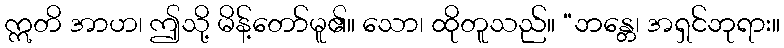
ဣတိ အာဟ၊ ဤသို့ မိန့်တော်မူ၏။ သော၊ ထိုတူသည်။ “ဘန္တေ၊ အရှင်ဘုရား။